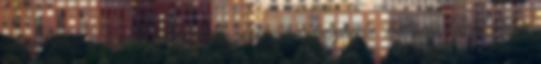
telepítésnek a gazdasági vonatkozását is megalapozta, különös tekintettel a